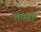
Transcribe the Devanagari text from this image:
लाम्याँ